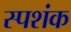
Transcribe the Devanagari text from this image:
स्पशंक